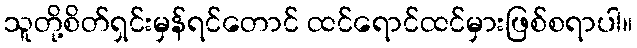
သူတို့စိတ်ရှင်းမှန်ရင်တောင် ထင်ရောင်ထင်မှားဖြစ်စရာပါ။